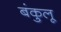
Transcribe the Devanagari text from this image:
बंकुलू